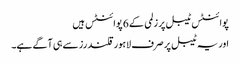
پوائنٹس ٹیبل پر زلمی کے 6 پوائنٹس ہیں
اور یہ ٹیبل پر صرف لاہور قلندرز سے ہی آگے ہے۔